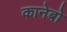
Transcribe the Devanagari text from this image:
कानेबो